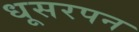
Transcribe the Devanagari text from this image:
धूसरपन